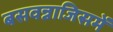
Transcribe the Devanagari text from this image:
बसवन्नाजिसमें